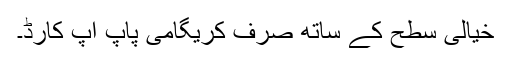
خیالی سطح کے ساتھ صرف کریگامی پاپ اپ کارڈ۔